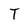
Character: T